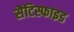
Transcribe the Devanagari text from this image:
सैटिस्फाइड